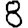
Digit: 8